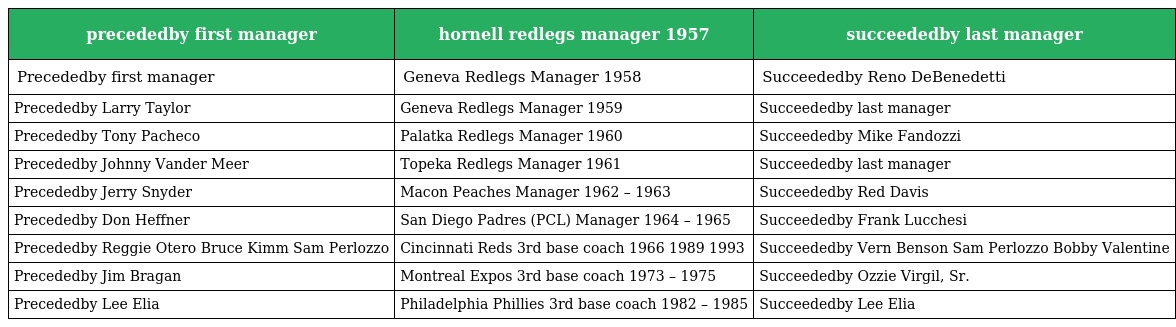
| precededby first manager | hornell redlegs manager 1957 | succeededby last manager |
 | --- | --- | --- |
 | Precededby first manager | Geneva Redlegs Manager 1958 | Succeededby Reno DeBenedetti |
 | Precededby Larry Taylor | Geneva Redlegs Manager 1959 | Succeededby last manager |
 | Precededby Tony Pacheco | Palatka Redlegs Manager 1960 | Succeededby Mike Fandozzi |
 | Precededby Johnny Vander Meer | Topeka Redlegs Manager 1961 | Succeededby last manager |
 | Precededby Jerry Snyder | Macon Peaches Manager 1962 – 1963 | Succeededby Red Davis |
 | Precededby Don Heffner | San Diego Padres (PCL) Manager 1964 – 1965 | Succeededby Frank Lucchesi |
 | Precededby Reggie Otero Bruce Kimm Sam Perlozzo | Cincinnati Reds 3rd base coach 1966 1989 1993 | Succeededby Vern Benson Sam Perlozzo Bobby Valentine |
 | Precededby Jim Bragan | Montreal Expos 3rd base coach 1973 – 1975 | Succeededby Ozzie Virgil, Sr. |
 | Precededby Lee Elia | Philadelphia Phillies 3rd base coach 1982 – 1985 | Succeededby Lee Elia |